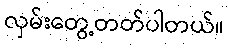
လှမ်းတွေ့တတ်ပါတယ်။